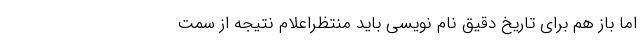
اما باز هم برای تاریخ دقیق نام نویسی باید منتظراعلام نتیجه از سمت